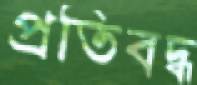
প্রতিবদ্ধ